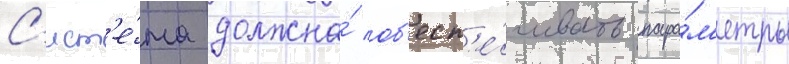
С'ист'е́ма должна́ об'есп'е́чивать пара́м'етры